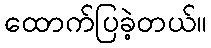
ထောက်ပြခဲ့တယ်။